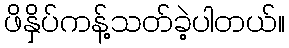
ဖိနှိပ်ကန့်သတ်ခဲ့ပါတယ်။